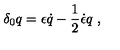
\delta _ { 0 } q = \epsilon \dot { q } - { \frac { 1 } { 2 } } \dot { \epsilon } q \ ,